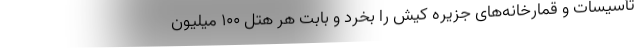
تأسیسات و قمارخانه‌های جزیره کیش را بخرد و بابت هر هتل ۱۰۰ میلیون